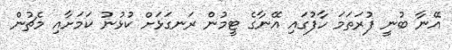
އޭނާ ބުނީ ފުރަތަމަ ހާފުގައި އޭނާގެ ޓީމުން ރަނގަޅަށް ކުޅުނު ކަމަށާއި މެޗުން